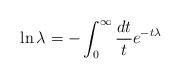
LaTeX: \begin{align*} \ln \lambda = - \int_0^\infty \frac{dt}{t} e^{-t\lambda}\end{align*}